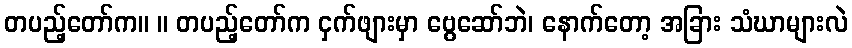
တပည့်တော်က။ ။ တပည့်တော်က ငှက်ဖျားမှာ ဗွေဆော်ဘဲ၊ နောက်တော့ အခြား သံဃာများလဲ